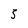
Character: 5